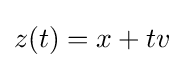
z(t)=x+tv